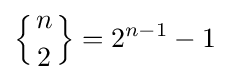
\left\{{n \atop 2}\right\}=2^{n-1}-1